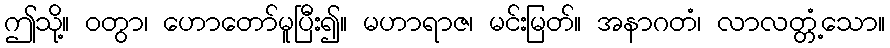
ဤသို့။ ဝတွာ၊ ဟောတော်မူပြီး၍။ မဟာရာဇ၊ မင်းမြတ်။ အနာဂတံ၊ လာလတ္တံ့သော။